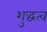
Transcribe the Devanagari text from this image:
शुद्धत्व